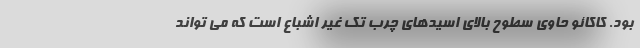
بود. کاکائو حاوی سطوح بالای اسیدهای چرب تک غیر اشباع است که می تواند